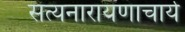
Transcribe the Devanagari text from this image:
सत्यनारायणाचार्य